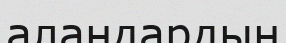
аландардың